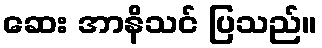
ဆေး အာနိသင် ပြသည်။